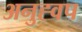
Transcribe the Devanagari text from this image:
अनुह्वप